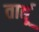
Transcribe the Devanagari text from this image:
तार्द्यू